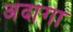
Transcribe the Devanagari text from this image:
अदागा